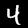
Digit: 4